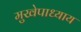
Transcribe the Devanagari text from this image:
मुखेपाध्याय